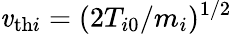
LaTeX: \mathit{v}_{\mathrm{{th}}i}=(2T_{i0}/m_{i})^{1/2}